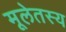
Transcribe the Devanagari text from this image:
मूलेतस्य